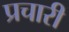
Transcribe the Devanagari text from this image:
प्रचारी